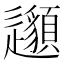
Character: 𨙁